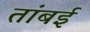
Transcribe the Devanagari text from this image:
तांबई